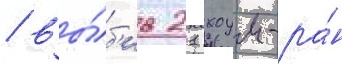
/ вы́б'ив 21 хоум-ра́н